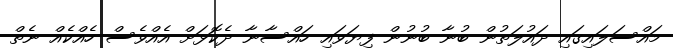
މައްސަލައިގައި ދައުލަތުން ބުނާ ބުނުން ފިޔަވައި ހައްސާނާ ދެކޮޅަށް އެއްވެސް ހެއްކެއް ނެތް